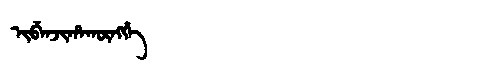
Manchu: ᡳᠪᡝᠨᠵᡳᡥᠠᡴᡡᠩᡤᡝ
Romanization: IBENJIHAKŪNGGE